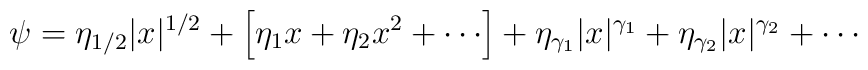
\psi = \eta_{1/2} |x|^{1/2}  + \left[ \eta_1 x + \eta_2 x^2 +\cdots \right] + \eta_{\gamma_1} |x|^{\gamma_1}            + \eta_{\gamma_2} |x|^{\gamma_2} + \cdots